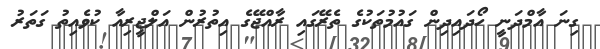
ގިނަ އާމްދަނީ ހޯދައިދިން ގައުމުތަކުގެ ތެރޭގައި ރާއްޖޭގެ އިތުރުން އަލްޖީރިއާ ކުވެއިތު ގަތަރު